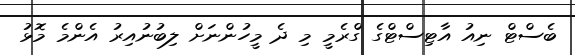
ބެސްޓް ނިއު އާޓިސްޓްގެ ގްރެމީ މި ދެ މީހުންނަށް ލިބުނުއިރު އެންމެ މޮޅު